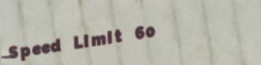
Speed Limit 60